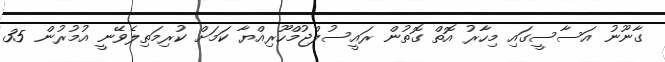
ގާނޫނު އަސާސީގައި މިހާރު އޮތް ގޮތުން ރައީސުލްޖުމްހޫރިއްޔާ ކަމަށް ކުރިމަތިލެވޭނީ އުމުރުން 35